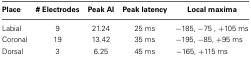
<table><thead><tr><td><b>Place</b></td><td><b># Electrodes</b></td><td><b>Peak AI</b></td><td><b>Peak latency</b></td><td><b>Local maxima</b></td></tr></thead><tbody><tr><td>Labial</td><td>9</td><td>21.24</td><td>25 ms</td><td>−185, −75, +105 ms</td></tr><tr><td>Coronal</td><td>19</td><td>13.42</td><td>35 ms</td><td>−195, −85, +95 ms</td></tr><tr><td>Dorsal</td><td>3</td><td>6.25</td><td>45 ms</td><td>−165, +115 ms</td></tr></tbody></table>